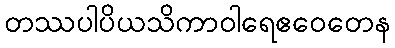
တဿပါပိယသိကာဝါရေဧဝေတေန